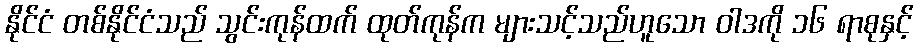
နိုင်ငံ တစ်နိုင်ငံသည် သွင်းကုန်ထက် ထုတ်ကုန်က များသင့်သည်ဟူသော ဝါဒကို ၁၆ ရာစုနှင့်